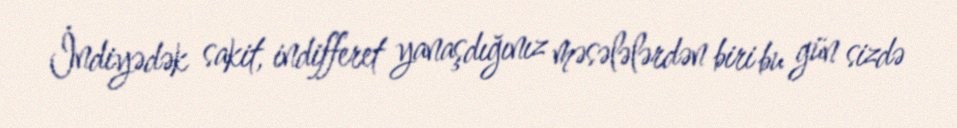
İndiyədək sakit, indifferet yanaşdığınız məsələlərdən biri bu gün sizdə